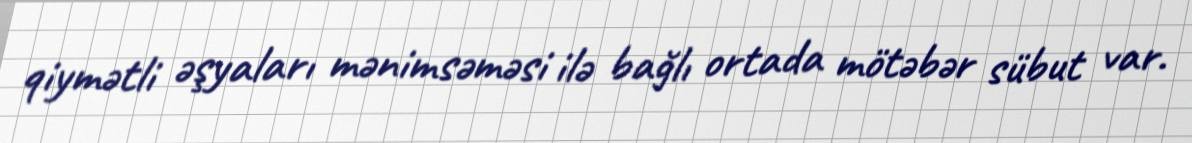
qiymətli əşyaları mənimsəməsi ilə bağlı ortada mötəbər sübut var.